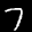
Label: 7